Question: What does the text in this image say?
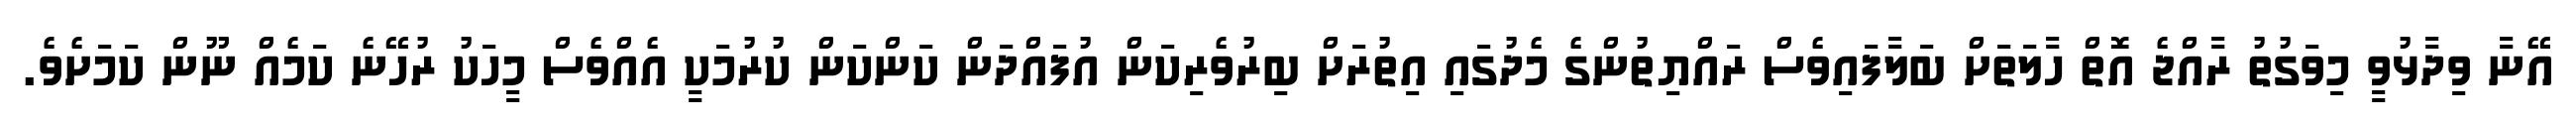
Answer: އޭނާ ވިދާޅުވީ މިވަގުތު ރާއްޖެ އޮތް ހާލަތަށް ބަލާފައިވެސް ރައްޔިތުންގެ މެދުގައި އިތުރަށް ބިރުވެރިކަން އުފައްދަން ކަންކަން ކުރުމަކީ އެއްވެސް މީހަކު ރުހޭނެ ކަމެއް ނޫން ކަމަށެވެ.